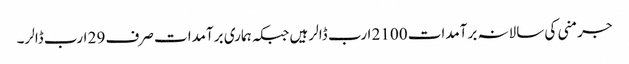
جرمنی کی سالانہ برآمدات 2100 ارب ڈالر ہیں جبکہ ہماری برآمدات صرف 29 ارب ڈالر۔